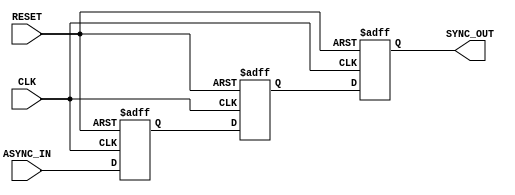
module async_to_sync_converter (
    input wire ASYNC_IN,      // Asynchronous input signal
    input wire CLK,           // Clock signal
    input wire RESET,         // Asynchronous reset signal
    output reg SYNC_OUT       // Synchronous output signal
);

// Internal signals for double-register stage
reg ASYNC_IN_reg1;
reg ASYNC_IN_reg2;

// Asynchronous reset and double-register stage
always @(posedge CLK or posedge RESET) begin
    if (RESET) begin
        ASYNC_IN_reg1 <= 1'b0; // Initialize to known state
        ASYNC_IN_reg2 <= 1'b0; // Initialize to known state
        SYNC_OUT <= 1'b0;      // Initialize SYNC_OUT to known state
    end else begin
        ASYNC_IN_reg1 <= ASYNC_IN; // Sample ASYNC_IN
        ASYNC_IN_reg2 <= ASYNC_IN_reg1; // Second stage for metastability resolution
        SYNC_OUT <= ASYNC_IN_reg2; // Output the synchronized signal
    end
end

endmodule